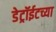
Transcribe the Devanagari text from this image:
डेट्रॉईटच्या